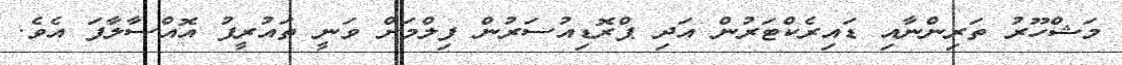
މަޝްހޫރު ތަރިންނާއި ޑައިރެކްޓަރުން އަދި ޕްރޮޑިއުސަރުން ފިލްމަށް ވަނީ ތައުރީފު އޮއްސާލާފަ އެވެ.